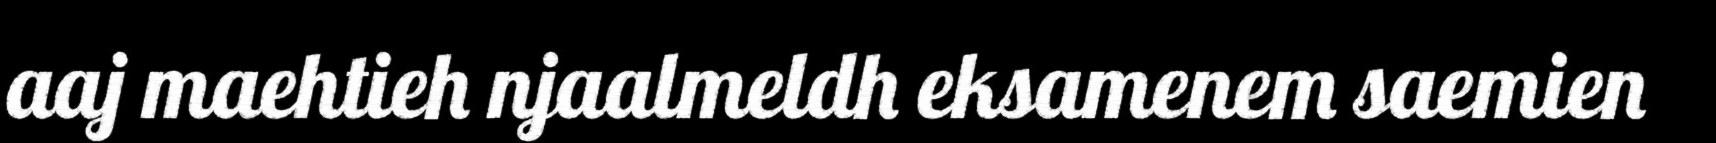
aaj maehtieh njaalmeldh eksamenem saemien